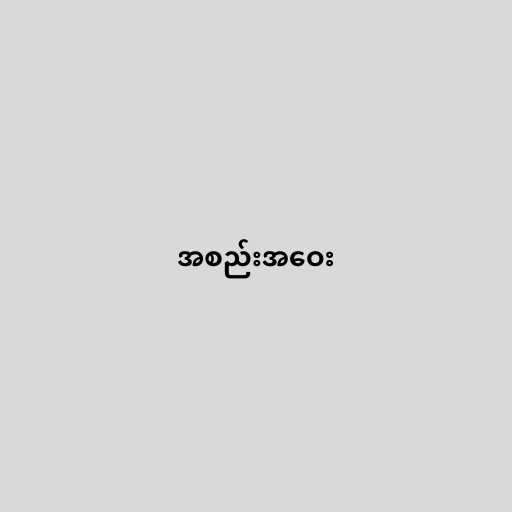
အစည်းအဝေး